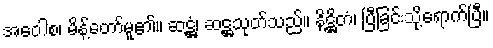
အဝေါစ၊ မိန့်တော်မူ၏။ ဆဋ္ဌံ၊ ဆဋ္ဌသုတ်သည်။ နိဋ္ဌိတံ၊ ပြီခြင်းသို့ရောက်ပြီ။